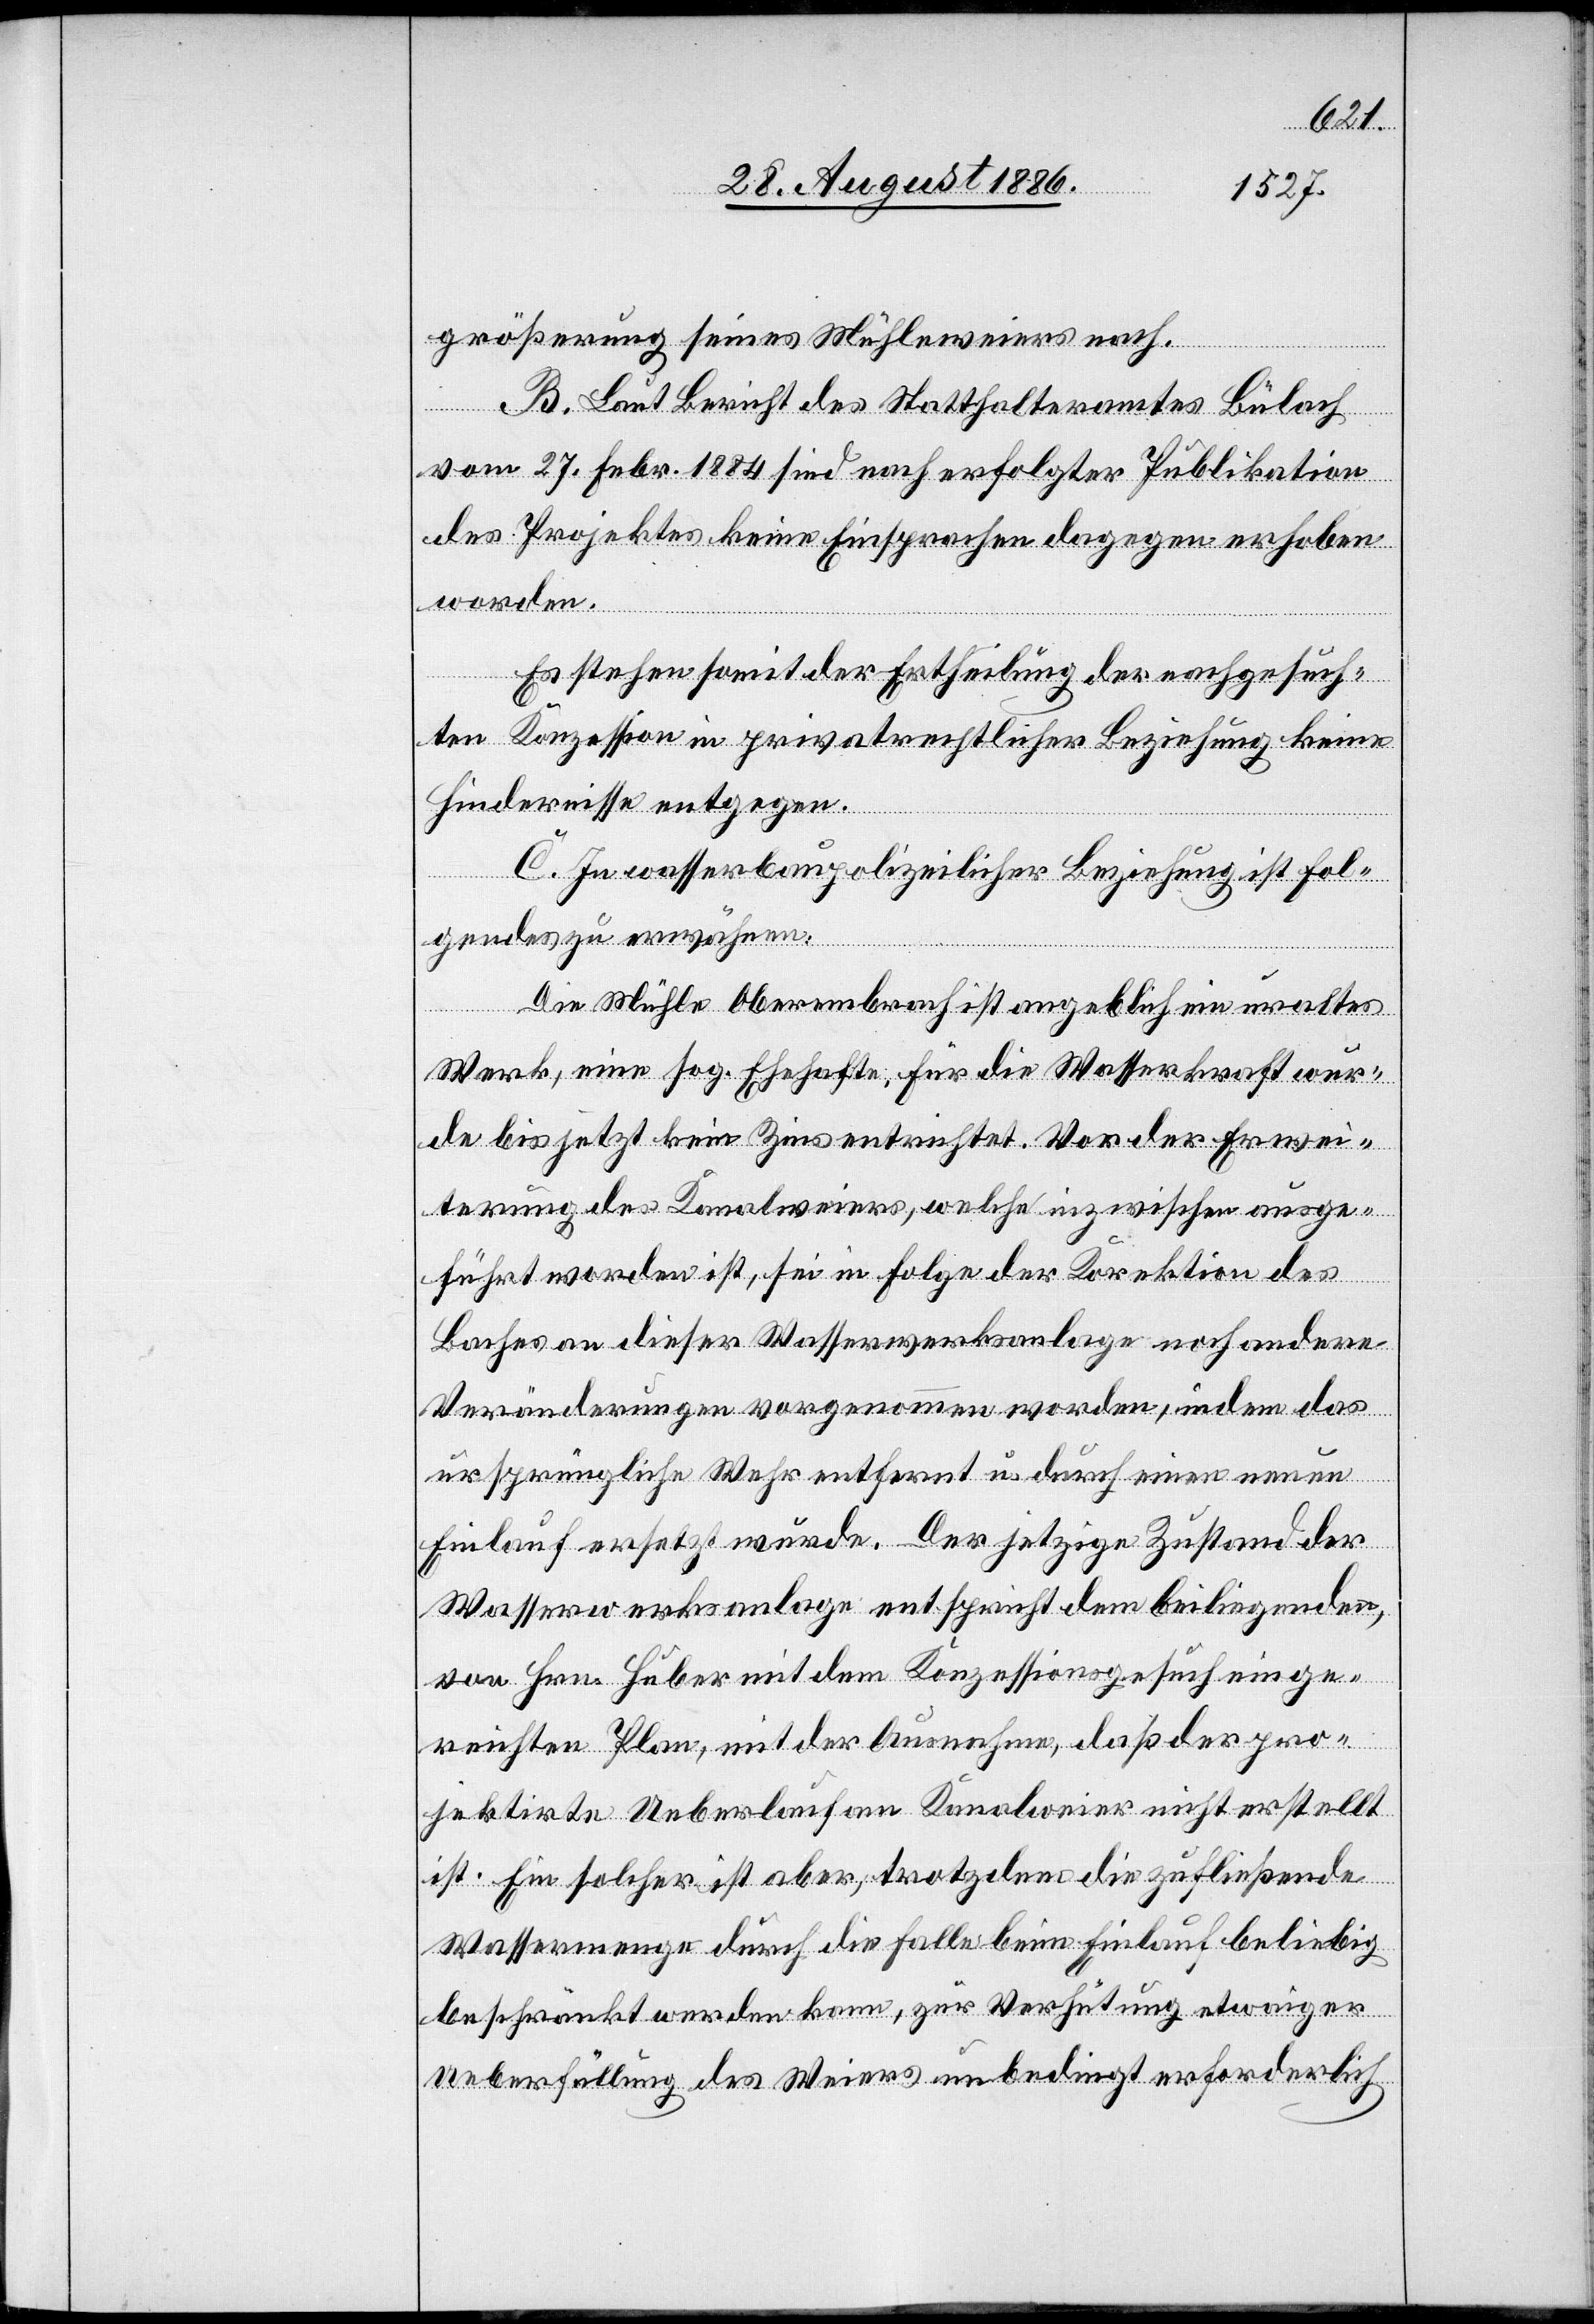
größerung seines Mühleweiers nach.
B. Laut Bericht des Statthalteramtes Bülach
vom 27. Febr. 1884 sind nach erfolgter Publikation
des Projektes keine Einsprachen dagegen erhoben
worden.
Es stehen somit der Ertheilung der nachgesuch¬
ten Konzession in privatrechtlicher Beziehung keine
Hindernisse entgegen.
C. In wasserbaupolizeilicher Beziehung ist Fol¬
gendes zu erwähnen:
Die Mühle Oberembrach ist angeblich ein uraltes
Werk, eine sog. Ehehafte; für die Wasserkraft wur¬
de bis jetzt kein Zins entrichtet. Vor der Erwei¬
terung des Kanalweiers, welche inzwischen ausge¬
führt worden ist, sei[en] in Folge der Korrektion des
Baches an dieser Wasserwerksanlage noch andere
Veränderungen vorgenommen worden, indem das
ursprüngliche Wehr entfernt u. durch einen neuen
Einlauf ersetzt wurde. – Der jetzige Zustand der
Wasserwerksanlage entspricht dem beiliegenden,
von Hrn. Huber mit dem Konzessionsgesuch einge¬
reichten Plan, mit der Ausnahme, daß der pro¬
jektirte Ueberlauf am Kanalweier nicht erstellt
ist. Ein solcher ist aber, trotzdem die zufließende
Wassermenge durch die Falle beim Einlauf beliebig
beschränkt werden kann, zur Verhütung etwaiger
Ueberfüllung des Weiers unbedingt erforderlich